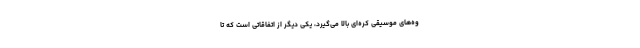
وه‌های موسیقی کره‌ای بالا می‌گیرد، یکی دیگر از اتفاقاتی است که تا